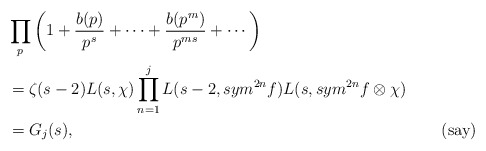
\begin{align*}&\prod_{p}^{} \left(1+\frac{b(p)}{p^{s}}+\cdots+\frac{b(p^{m})}{p^{ms}}+\cdots\right) \\&=\zeta(s-2)L(s,\chi)\prod\limits_{n=1}^{j}L(s-2,sym^{2n}f)L(s,sym^{2n}f\otimes\chi) \\&=G_{j}(s), &&(\mbox{say})\end{align*}